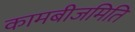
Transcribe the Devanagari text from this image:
कामबीजमिति